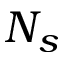
N _ { s }